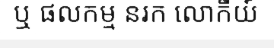
ឬ ផលកម្ម នរក លោកីយ៍